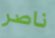
ناصر